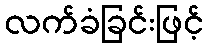
လက်ခံခြင်းဖြင့်